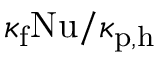
\kappa _ { \mathrm { f } } \mathrm { N u } / \kappa _ { \mathrm { p , h } }